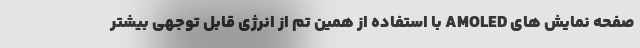
صفحه نمایش های AMOLED با استفاده از همین تم از انرژی قابل توجهی بیشتر